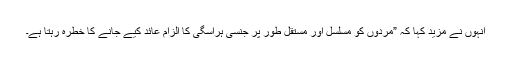
انہوں نے مزید کہا کہ ”مردوں کو مسلسل اور مستقل طور پر جنسی ہراسگی کا الزام عائد کیے جانے کا خطرہ رہتا ہے۔